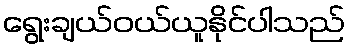
ရွေးချယ်ဝယ်ယူနိုင်ပါသည်